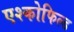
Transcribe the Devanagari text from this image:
एश्कोफिल्ड